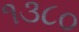
૧૩૮૦